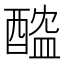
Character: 醓